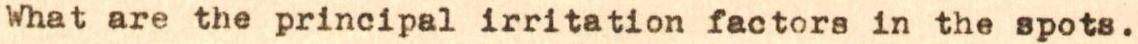
What are the principal irritation factors in the spots.